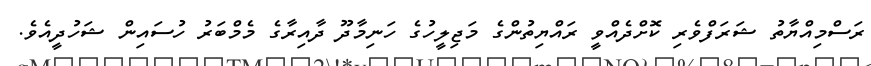
ރަސްމިއްޔާތު ޝަރަފްވެރި ކޮށްދެއްވީ ރައްޔިތުންގެ މަޖިލީހުގެ ހަނިމާދޫ ދާއިރާގެ މެމްބަރު ހުސައިން ޝަހުދީއެވެ.